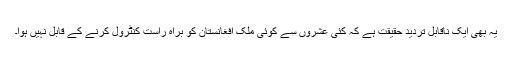
یہ بھی ایک ناقابل تردید حقیقت ہے کہ کئی عشروں سے کوئی ملک افغانستان کو براہ راست کنٹرول کرنے کے قابل نہیں ہوا۔